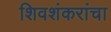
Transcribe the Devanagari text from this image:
शिवशंकरांचा